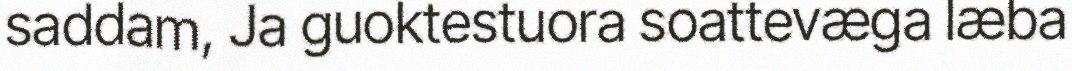
saddam, Ja guoktestuora soattevæga læba